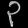
Digit: ၃